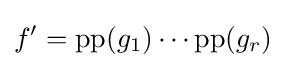
f'=\operatorname {pp} (g_{1})\cdots \operatorname {pp} (g_{r})